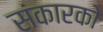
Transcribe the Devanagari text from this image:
संकारको